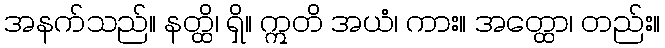
အနက်သည်။ နတ္ထိ၊ ရှိ။ ဣတိ အယံ၊ ကား။ အတ္ထော၊ တည်း။